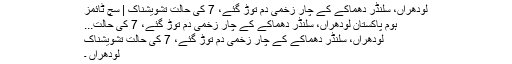
لودھراں، سلنڈر دھماکے کے چار زخمی دم توڑ گئے، 7 کی حالت تشویشناک | سچ ٹائمز
ہوم پاکستان لودھراں، سلنڈر دھماکے کے چار زخمی دم توڑ گئے، 7 کی حالت...
لودھراں، سلنڈر دھماکے کے چار زخمی دم توڑ گئے، 7 کی حالت تشویشناک
لودھراں ۔